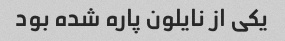
یکی از نایلون پاره شده بود